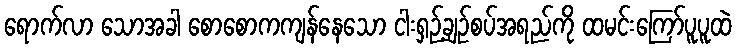
ရောက်လာ သောအခါ စောစောကကျန်နေသော ငါးရှဉ့်ချဉ်စပ်အရည်ကို ထမင်းကြော်ပူပူထဲ